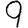
Digit: 9